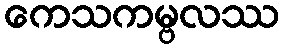
ကေသကမ္ဗလဿ